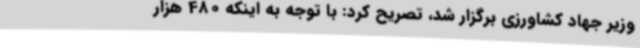
وزیر جهاد کشاورزی برگزار شد، تصریح کرد: با توجه به اینکه 480 هزار